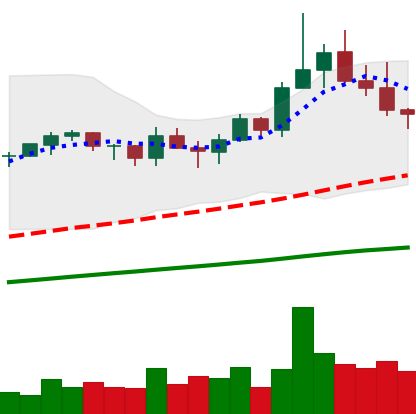
Ticker: TRX-USD
Chart end date: 2021-03-25
Forward return: 18.813%
Label: up_7plus